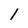
Character: l